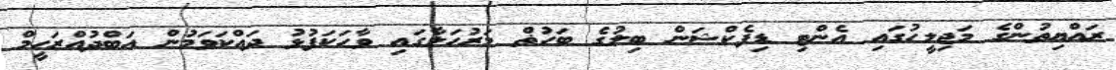
ރައްޔިތުންގެ މަޖިލީހުގައި އެންޓި ޑިފެކްޝަން ބިލުގެ ބަހުޡް މަރުހަލާގައި ވާހަކަފުޅު ދައްކަވަމުން އަބްދުއްރަހީމް